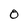
Character: 0